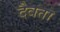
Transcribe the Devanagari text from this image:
दैवता